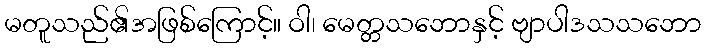
မတူသည်၏အဖြစ်ကြောင့်။ ဝါ၊ မေတ္တသဘောနှင့် ဗျာပါဒသသဘော